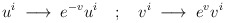
\begin{align*}u^i\hskip 3pt\longrightarrow\hskip 3pt e^{-v} u^i\hskip 12pt ;\hskip 12ptv^i\hskip 3pt\longrightarrow\hskip 3pt e^v v^i\end{align*}